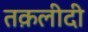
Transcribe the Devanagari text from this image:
तक़लीदी